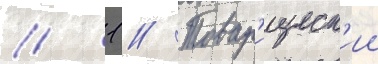
// 1 // Товар'ищеск'ии